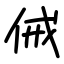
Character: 㑘